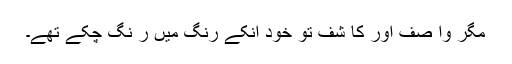
مگر وا صف اور کا شف تو خود انکے رنگ میں ر نگ چکے تھے۔